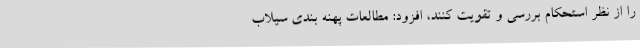
را از نظر استحکام بررسی و تقویت کنند، افزود: مطالعات پهنه بندی سیلاب